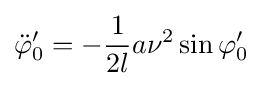
{\ddot {\varphi }}_{0}^{\prime }=-{\frac {1}{2l}}a\nu ^{2}\sin \varphi _{0}^{\prime }\;